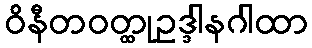
ဝိနီတဝတ္ထုဥဒ္ဒါနဂါထာ